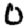
Digit: 0